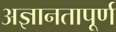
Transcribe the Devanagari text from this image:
अज्ञानतापूर्ण